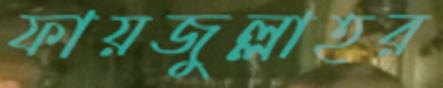
ফায়জুল্লাহর